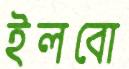
ইলবো